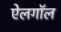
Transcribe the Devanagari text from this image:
ऐलगॉल